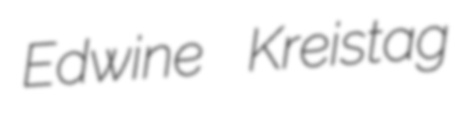
Edwine Kreistag